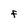
Character: f